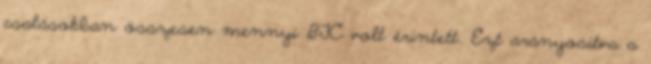
csalásokban összesen mennyi BTC volt érintett. Ezt arányosítva a